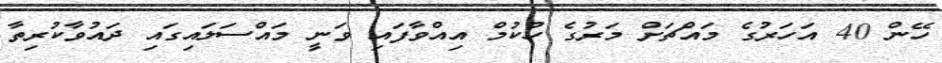
ހޭން 40 އަހަރުގެ މައްޗަށް މަރުގެ ހުކުމް އިއްވާފައި ވަނީ މައްސަލައިގައި ދައުވާކުރިތާ